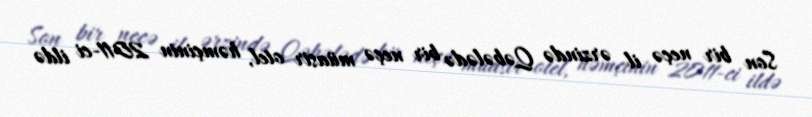
Son bir neçə il ərzində Qəbələdə bir neçə müasir otel, həmçinin 2011-ci ildə